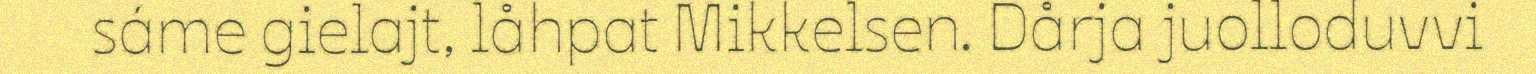
sáme gielajt, låhpat Mikkelsen. Dårja juolloduvvi